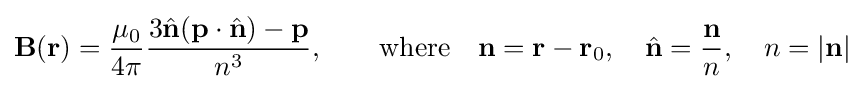
\mathbf {B} (\mathbf {r} )={\frac {\mu _{0}}{4\pi }}{\frac {3{\hat {\mathbf {n} }}(\mathbf {p} \cdot {\hat {\mathbf {n} }})-\mathbf {p} }{n^{3}}},\qquad {\text{where}}\quad \mathbf {n} =\mathbf {r} -\mathbf {r} _{0},\quad {\hat {\mathbf {n} }}={\frac {\mathbf {n} }{n}},\quad n=\left\vert \mathbf {n} \right\vert